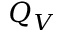
Q _ { V }